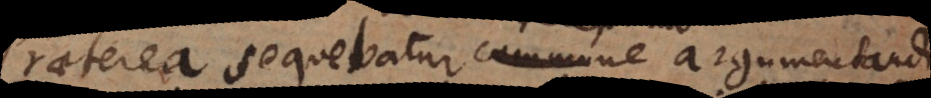
Praeterea sequebatur commune argumentandi